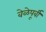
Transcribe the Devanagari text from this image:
वेळेपूर्वी